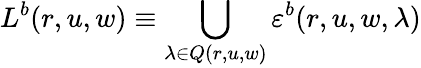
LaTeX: L^{b}(r,u,w)\equiv\bigcup_{\lambda\in Q(r,u,w)}\varepsilon^{b}(r,u,w,\lambda)